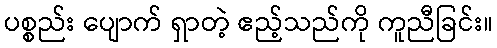
ပစ္စည်း ပျောက် ရှာတဲ့ ဧည့်သည်ကို ကူညီခြင်း။